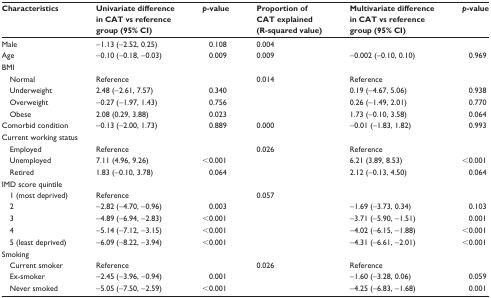
<table><thead><tr><td><b>Characteristics</b></td><td><b>Univariate difference in CAT vs reference group (95% CI)</b></td><td><b><i>p</i>-value</b></td><td><b>Proportion of CAT explained (R-squared value)</b></td><td><b>Multivariate difference in CAT vs reference group (95% CI)</b></td><td><b><i>p</i>-value</b></td></tr></thead><tbody><tr><td>Male</td><td>−1.13 (−2.52, 0.25)</td><td>0.108</td><td>0.004</td><td></td><td></td></tr><tr><td>Age</td><td>−0.10 (−0.18, −0.03)</td><td>0.009</td><td>0.009</td><td>−0.002 (−0.10, 0.10)</td><td>0.969</td></tr><tr><td>BMI</td><td></td><td></td><td></td><td></td><td></td></tr><tr><td> Normal</td><td>Reference</td><td></td><td>0.014</td><td>Reference</td><td></td></tr><tr><td> Underweight</td><td>2.48 (−2.61, 7.57)</td><td>0.340</td><td></td><td>0.19 (−4.67, 5.06)</td><td>0.938</td></tr><tr><td> Overweight</td><td>−0.27 (−1.97, 1.43)</td><td>0.756</td><td></td><td>0.26 (−1.49, 2.01)</td><td>0.770</td></tr><tr><td> Obese</td><td>2.08 (0.29, 3.88)</td><td>0.023</td><td></td><td>1.73 (−0.10, 3.58)</td><td>0.064</td></tr><tr><td>Comorbid condition</td><td>−0.13 (−2.00, 1.73)</td><td>0.889</td><td>0.000</td><td>−0.01 (−1.83, 1.82)</td><td>0.993</td></tr><tr><td>Current working status</td><td></td><td></td><td></td><td></td><td></td></tr><tr><td> Employed</td><td>Reference</td><td></td><td>0.026</td><td>Reference</td><td></td></tr><tr><td> Unemployed</td><td>7.11 (4.96, 9.26)</td><td>&lt;0.001</td><td></td><td>6.21 (3.89, 8.53)</td><td>&lt;0.001</td></tr><tr><td> Retired</td><td>1.83 (−0.10, 3.78)</td><td>0.064</td><td></td><td>2.12 (−0.13, 4.50)</td><td>0.064</td></tr><tr><td>IMD score quintile</td><td></td><td></td><td></td><td></td><td></td></tr><tr><td> 1 (most deprived)</td><td>Reference</td><td></td><td>0.057</td><td></td><td></td></tr><tr><td> 2</td><td>−2.82 (−4.70, −0.96)</td><td>0.003</td><td></td><td>−1.69 (−3.73, 0.34)</td><td>0.103</td></tr><tr><td> 3</td><td>−4.89 (−6.94, −2.83)</td><td>&lt;0.001</td><td></td><td>−3.71 (−5.90, −1.51)</td><td>0.001</td></tr><tr><td> 4</td><td>−5.14 (−7.12, −3.15)</td><td>&lt;0.001</td><td></td><td>−4.02 (−6.15, −1.88)</td><td>&lt;0.001</td></tr><tr><td> 5 (least deprived)</td><td>−6.09 (−8.22, −3.94)</td><td>&lt;0.001</td><td></td><td>−4.31 (−6.61, −2.01)</td><td>&lt;0.001</td></tr><tr><td>Smoking</td><td></td><td></td><td></td><td></td><td></td></tr><tr><td> Current smoker</td><td>Reference</td><td></td><td>0.026</td><td>Reference</td><td></td></tr><tr><td> Ex-smoker</td><td>−2.45 (−3.96, −0.94)</td><td>0.001</td><td></td><td>−1.60 (−3.28, 0.06)</td><td>0.059</td></tr><tr><td> Never smoked</td><td>−5.05 (−7.50, −2.59)</td><td>&lt;0.001</td><td></td><td>−4.25 (−6.83, −1.68)</td><td>0.001</td></tr></tbody></table>